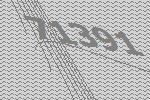
71391